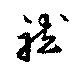
龍